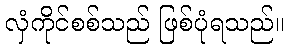
လှံကိုင်စစ်သည် ဖြစ်ပုံရသည်။